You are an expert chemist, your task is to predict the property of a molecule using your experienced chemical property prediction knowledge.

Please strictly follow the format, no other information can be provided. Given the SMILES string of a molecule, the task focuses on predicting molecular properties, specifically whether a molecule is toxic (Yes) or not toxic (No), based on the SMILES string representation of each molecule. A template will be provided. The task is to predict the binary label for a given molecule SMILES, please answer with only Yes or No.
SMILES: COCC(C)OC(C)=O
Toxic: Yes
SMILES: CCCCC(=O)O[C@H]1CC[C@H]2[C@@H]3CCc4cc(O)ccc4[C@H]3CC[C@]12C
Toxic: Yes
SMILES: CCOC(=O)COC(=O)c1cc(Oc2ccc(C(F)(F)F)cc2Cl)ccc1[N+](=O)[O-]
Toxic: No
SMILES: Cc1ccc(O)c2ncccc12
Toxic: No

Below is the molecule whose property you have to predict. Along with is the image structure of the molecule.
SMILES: CC(CC1c2ccccc2CCc2ccccc21)CN(C)C
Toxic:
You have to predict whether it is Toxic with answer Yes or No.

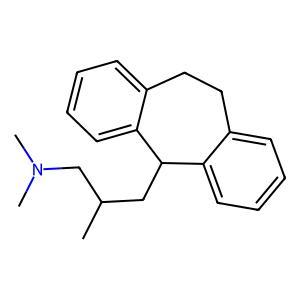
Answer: No